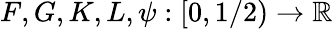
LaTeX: F,G,K,L,\psi:[0,1/2)\to\mathbb{R}